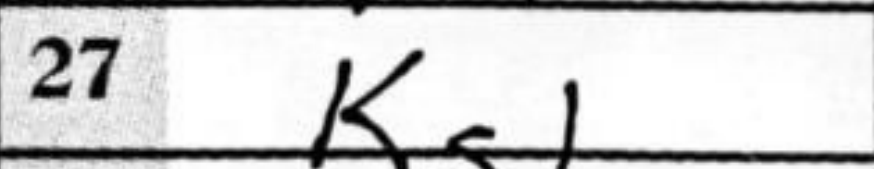
Transcription: Kg1